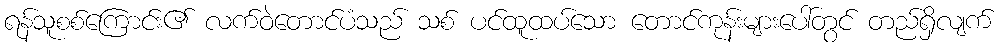
ရန်သူစစ်ကြောင်း၏ လက်ဝဲတောင်ပံသည် သစ် ပင်ထူထပ်သော တောင်ကုန်းများပေါ်တွင် တည်ရှိလျက်